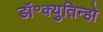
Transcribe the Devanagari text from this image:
डॉ॰क्युतिन्हो